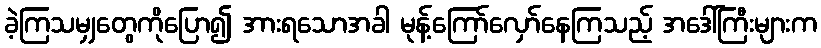
ခဲ့ကြသမျှတွေကိုပြော၍ အားရသောအခါ မုန့်ကြော်လှော်နေကြသည့် အဒေါ်ကြီးများက